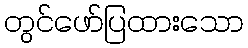
တွင်ဖော်ပြထားသော